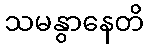
သမနွာနေတိ